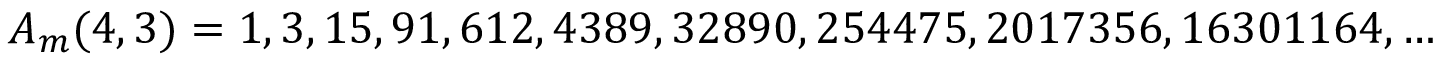
A _ { m } ( 4 , 3 ) = 1 , 3 , 1 5 , 9 1 , 6 1 2 , 4 3 8 9 , 3 2 8 9 0 , 2 5 4 4 7 5 , 2 0 1 7 3 5 6 , 1 6 3 0 1 1 6 4 , \ldots